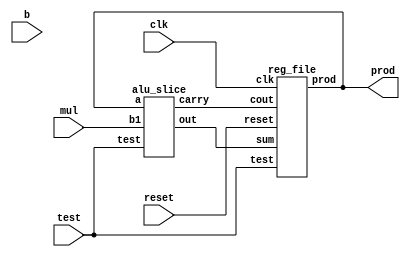
module seq_mul (input wire clk,reset,test, input wire [7:0] mul,b,output wire [15:0] prod);
    wire [15:0]sum;
    wire carry,cout;
    alu_slice a1(test,prod,mul,sum,cout);
    reg_file rf1(clk,reset,test,cout,sum,prod);
endmodule


module reg_file(input wire clk,reset,test,cout,input wire [15:0]sum,output wire [15:0] prod);
    wire [15:0] r0;
    read re1(clk,r0,prod);
    write w1(clk,reset,cout,sum,r0);
endmodule

module read (input wire clk, input wire [15:0] x, output wire [15:0] y);
    assign y[0] = x[0];
    assign y[1] = x[1];
    assign y[2] = x[2];
    assign y[3] = x[3];
    assign y[4] = x[4];
    assign y[5] = x[5];
    assign y[6] = x[6];
    assign y[7] = x[7];
    assign y[8] = x[8];
    assign y[9] = x[9];
    assign y[10] = x[10];
    assign y[11] = x[11];
    assign y[12] = x[12];
    assign y[13] = x[13];
    assign y[14] = x[14];
    assign y[15] = x[15];
endmodule

module write(input wire clk,reset,cout, input wire [15:0] sum,output [15:0] out);
    wire test = 1'b1;
    dfrl p0(clk,reset,test,sum[1],out[0]);
    dfrl p1(clk,reset,test,sum[2],out[1]);
    dfrl p2(clk,reset,test,sum[3],out[2]);
    dfrl p3(clk,reset,test,sum[4],out[3]);
    dfrl p4(clk,reset,test,sum[5],out[4]);
    dfrl p5(clk,reset,test,sum[6],out[5]);
    dfrl p6(clk,reset,test,sum[7],out[6]);
    dfrl p7(clk,reset,test,sum[8],out[7]);
    dfrl p8(clk,reset,test,sum[9],out[8]);
    dfrl p9(clk,reset,test,sum[10],out[9]);
    dfrl p10(clk,reset,test,sum[11],out[10]);
    dfrl p11(clk,reset,test,sum[12],out[11]);
    dfrl p12(clk,reset,test,sum[13],out[12]);
    dfrl p13(clk,reset,test,sum[14],out[13]);
    dfrl p14(clk,reset,test,sum[15],out[14]);
    dfrl p15(clk,reset,test,cout,out[15]);
endmodule

module alu_slice(input wire test,input wire[15:0] a,input wire[7:0] b1,output wire [15:0] out,output wire carry);
    assign out[0] = a[0];
    assign out[1] = a[1];
    assign out[2] = a[2];
    assign out[3] = a[3];
    assign out[4] = a[4];
    assign out[5] = a[5];
    assign out[6] = a[6];
    assign out[7] = a[7];

    wire [7:0]b;
    and2 s1(test,b1[0],b[0]);
    and2 s2(test,b1[1],b[1]);
    and2 s3(test,b1[2],b[2]);
    and2 s4(test,b1[3],b[3]);
    and2 s5(test,b1[4],b[4]);
    and2 s6(test,b1[5],b[5]);
    and2 s7(test,b1[6],b[6]);
    and2 s8(test,b1[7],b[7]);

    wire [6:0] c; 
    fa f1(a[8],b[0],1'b0,out[8],c[0]);
    fa f2(a[9],b[1],c[0],out[9],c[1]);
    fa f3(a[10],b[2],c[1],out[10],c[2]);
    fa f4(a[11],b[3],c[2],out[11],c[3]);
    fa f5(a[12],b[4],c[3],out[12],c[4]);
    fa f6(a[13],b[5],c[4],out[13],c[5]);
    fa f7(a[14],b[6],c[5],out[14],c[6]);
    fa f8(a[15],b[7],c[6],out[15],carry);
endmodule

module fa (input wire i0, i1, cin, output wire sum, cout);
   wire t0, t1, t2;
   xor3 _i0 (i0, i1, cin, sum);
   and2 _i1 (i0, i1, t0);
   and2 _i2 (i1, cin, t1);
   and2 _i3 (cin, i0, t2);
   or3 _i4 (t0, t1, t2, cout);
endmodule

module invert (input wire i, output wire o);
   assign o = !i;
endmodule

module and2 (input wire i0, i1, output wire o);
  assign o = i0 & i1;
endmodule

module or2 (input wire i0, i1, output wire o);
  assign o = i0 | i1;
endmodule

module xor2 (input wire i0, i1, output wire o);
  assign o = i0 ^ i1;
endmodule

module nand2 (input wire i0, i1, output wire o);
   wire t;
   and2 and2_0 (i0, i1, t);
   invert invert_0 (t, o);
endmodule

module nor2 (input wire i0, i1, output wire o);
   wire t;
   or2 or2_0 (i0, i1, t);
   invert invert_0 (t, o);
endmodule

module xnor2 (input wire i0, i1, output wire o);
   wire t;
   xor2 xor2_0 (i0, i1, t);
   invert invert_0 (t, o);
endmodule

module and3 (input wire i0, i1, i2, output wire o);
   wire t;
   and2 and2_0 (i0, i1, t);
   and2 and2_1 (i2, t, o);
endmodule

module or3 (input wire i0, i1, i2, output wire o);
   wire t;
   or2 or2_0 (i0, i1, t);
   or2 or2_1 (i2, t, o);
endmodule

module nor3 (input wire i0, i1, i2, output wire o);
   wire t;
   or2 or2_0 (i0, i1, t);
   nor2 nor2_0 (i2, t, o);
endmodule

module nand3 (input wire i0, i1, i2, output wire o);
   wire t;
   and2 and2_0 (i0, i1, t);
   nand2 nand2_1 (i2, t, o);
endmodule

module xor3 (input wire i0, i1, i2, output wire o);
   wire t;
   xor2 xor2_0 (i0, i1, t);
   xor2 xor2_1 (i2, t, o);
endmodule

module xnor3 (input wire i0, i1, i2, output wire o);
   wire t;
   xor2 xor2_0 (i0, i1, t);
   xnor2 xnor2_0 (i2, t, o);
endmodule

module mux2 (input wire i0, i1, j, output wire o);
  assign o = (j==0)?i0:i1;
endmodule

module mux4 (input wire [0:3] i, input wire j1, j0, output wire o);
  wire  t0, t1;
  mux2 mux2_0 (i[0], i[1], j1, t0);
  mux2 mux2_1 (i[2], i[3], j1, t1);
  mux2 mux2_2 (t0, t1, j0, o);
endmodule

module mux8 (input wire [0:7] i, input wire j2, j1, j0, output wire o);
  wire  t0, t1;
  mux4 mux4_0 (i[0:3], j2, j1, t0);
  mux4 mux4_1 (i[4:7], j2, j1, t1);
  mux2 mux2_0 (t0, t1, j0, o);
endmodule

module demux2 (input wire i, j, output wire o0, o1);
  assign o0 = (j==0)?i:1'b0;
  assign o1 = (j==1)?i:1'b0;
endmodule

module demux4 (input wire i, j1, j0, output wire [0:3] o);
  wire  t0, t1;
  demux2 demux2_0 (i, j1, t0, t1);
  demux2 demux2_1 (t0, j0, o[0], o[1]);
  demux2 demux2_2 (t1, j0, o[2], o[3]);
endmodule

module demux8 (input wire i, j2, j1, j0, output wire [0:7] o);
  wire  t0, t1;
  demux2 demux2_0 (i, j2, t0, t1);
  demux4 demux4_0 (t0, j1, j0, o[0:3]);
  demux4 demux4_1 (t1, j1, j0, o[4:7]);
endmodule

module df (input wire clk, in, output wire out);
  reg df_out;
  always@(posedge clk) df_out <= in;
  assign out = df_out;
endmodule

module dfr (input wire clk, reset, in, output wire out);
  wire reset_, df_in;
  invert invert_0 (reset, reset_);
  and2 and2_0 (in, reset_, df_in);
  df df_0 (clk, df_in, out);
endmodule

module dfrl (input wire clk, reset, load, in, output wire out);
  wire _in;
  mux2 mux2_0(out, in, load, _in);
  dfr dfr_1(clk, reset, _in, out);
endmodule